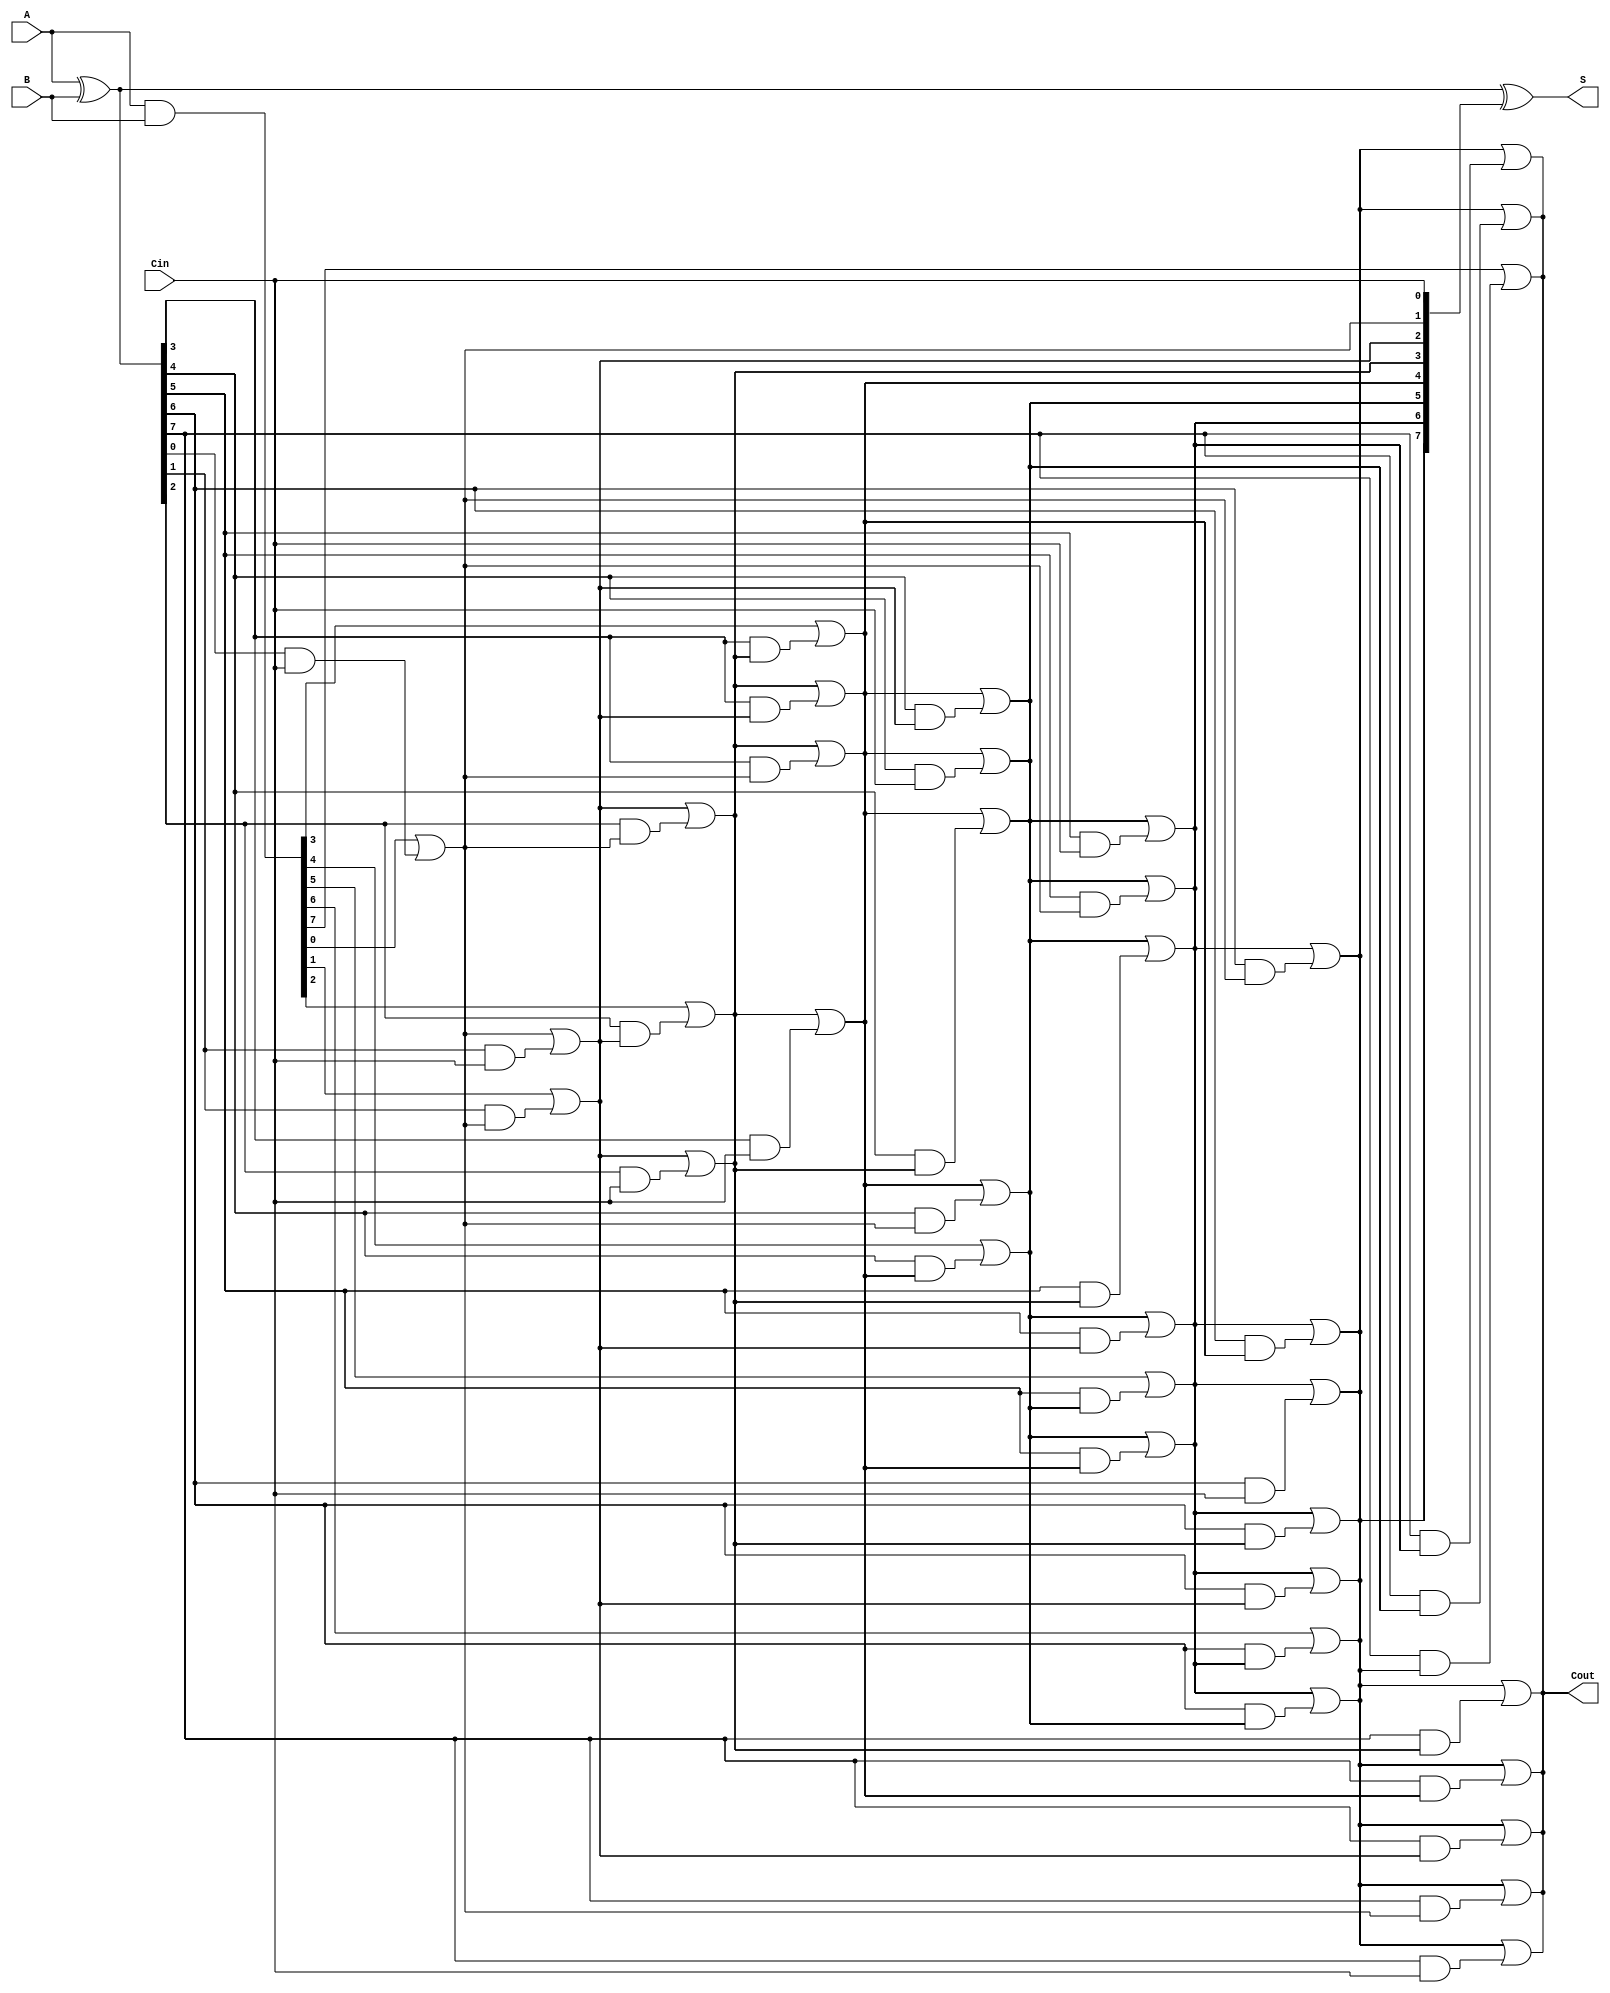
module parallel_prefix_adder #(parameter N = 8) (
    input  [N-1:0] A,
    input  [N-1:0] B,
    input          Cin,
    output [N-1:0] S,
    output         Cout
);

    // Step 1: Generate Propagate (P) and Generate (G) signals
    wire [N-1:0] P;
    wire [N-1:0] G;

    assign P = A ^ B;    // P[i] = A[i] XOR B[i]
    assign G = A & B;    // G[i] = A[i] AND B[i]

    // Step 2: Carry generation using Kogge-Stone logic
    wire [N:0] C; // Carry signals (C[0] = Cin)
    assign C[0] = Cin;

    genvar i, j;
    generate
        // Level 1
        for (i = 0; i < N; i = i + 1) begin
            assign C[i + 1] = G[i] | (P[i] & C[i]); // C[i+1] = G[i] + P[i] * C[i]
        end
    endgenerate

    // Iterating for further levels
    generate
        for (j = 1; j < N; j = j + 1) begin: carry_levels
            for (i = 0; i < N - j; i = i + 1) begin
                assign C[i + j + 1] = C[i + j] | (P[i + j] & C[i]); // Kogge-Stone logic
            end
        end
    endgenerate

    // Step 3: Sum calculation
    assign S = P ^ C[N-1:0]; // S[i] = P[i] XOR C[i]

    // Final carry out
    assign Cout = C[N];

endmodule